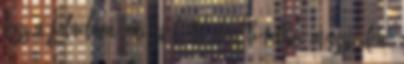
lesz a feladata? Miért küldöd el Bételbe Ámoszt? Lea,